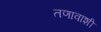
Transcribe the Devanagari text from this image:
तणावाशी